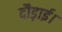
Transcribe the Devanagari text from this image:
दौड़ाई।